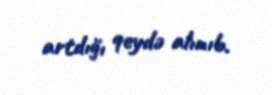
artdığı qeydə alınıb.